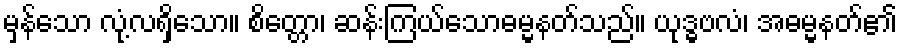
မှန်သော လုံ့လရှိသော။ စိတ္တော၊ ဆန်းကြယ်သောဓမ္မနတ်သည်။ ယုဒ္ဓဗလံ၊ အဓမ္မနတ်၏